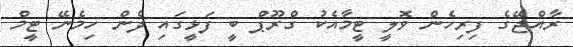
ރާއްޖޭގެ ފިރިހެން ވޮލީ ޓީމާއެކު ގްރޫޕް ބީ ފަޅީގައި ދެން ހިމެނޭ ޓީމް